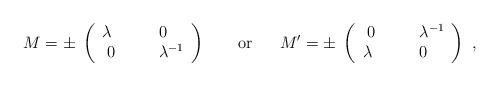
LaTeX: \begin{align*}M = \pm \; \left(\begin{array}{lll}\lambda & \quad & 0\cr\; 0 & \quad & \lambda^{-1}\cr\end{array}\right) \ \ \ \ \ \ {\rm or} \ \ \ \ \ M^\prime = \pm \; \left(\begin{array}{lll}\; 0 & \quad & \lambda^{-1} \cr\lambda & \quad & 0 \cr\end{array}\right)\ , \end{align*}